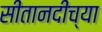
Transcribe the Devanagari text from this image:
सीतानदीच्या